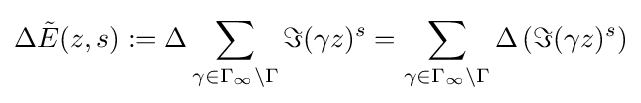
\Delta {\tilde {E}}(z,s):=\Delta \sum _{\gamma \in \Gamma _{\infty }\backslash \Gamma }\Im (\gamma z)^{s}=\sum _{\gamma \in \Gamma _{\infty }\backslash \Gamma }\Delta \left(\Im (\gamma z)^{s}\right)